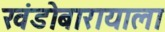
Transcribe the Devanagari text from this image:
खंडोबारायाला